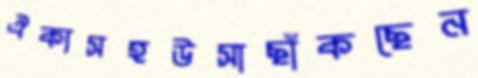
ঐক্যসহউসাছাঁকছেন